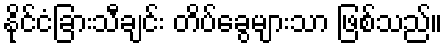
နိုင်ငံခြားသီချင်း တိပ်ခွေများသာ ဖြစ်သည်။